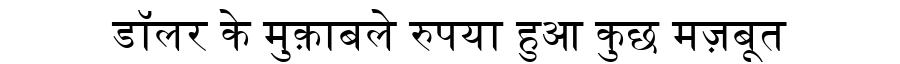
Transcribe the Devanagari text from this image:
डॉलर के मुक़ाबले रुपया हुआ कुछ मज़बूत